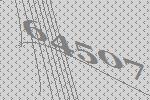
64507